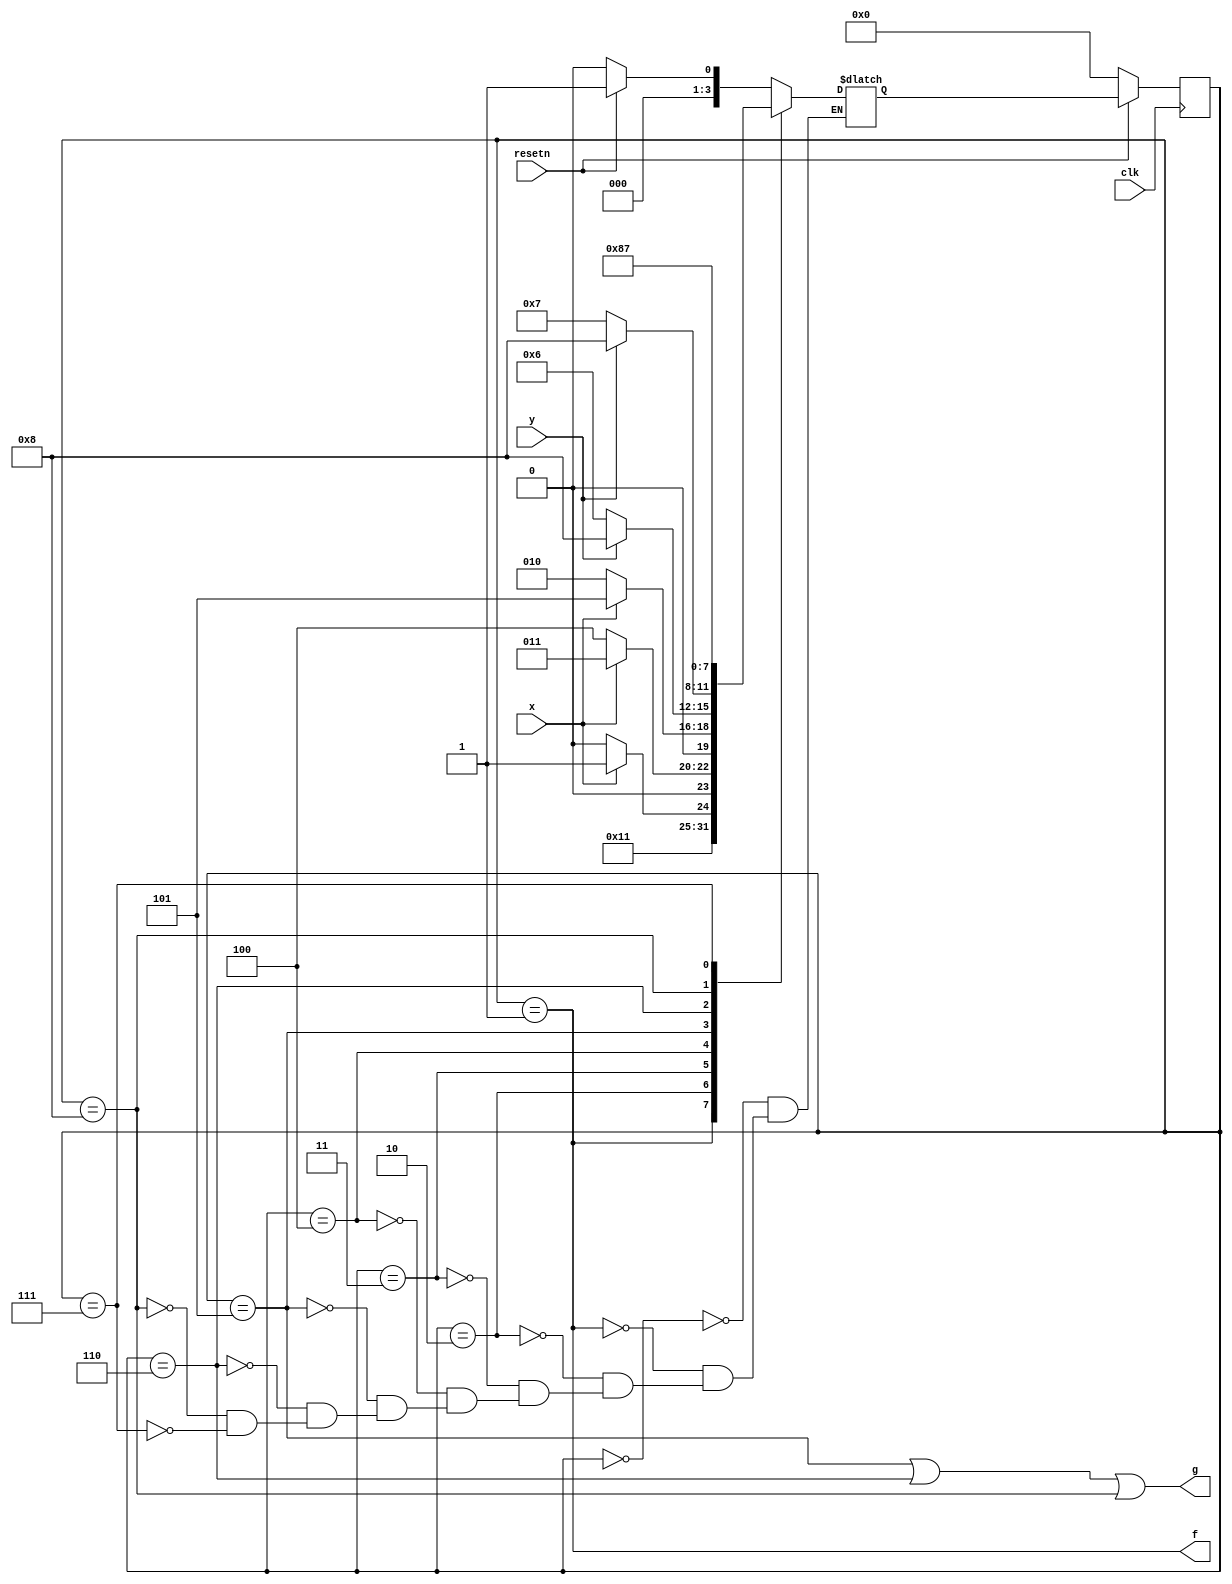
module top_module (
    input clk,
    input resetn,    // active-low synchronous reset
    input x,
    input y,
    output f,
    output g
); 

    parameter idle = 4'd0; 
    parameter fout = 4'd1; 
    parameter s1   = 4'd2; 
    parameter s2   = 4'd3; 
    parameter s3   = 4'd4; 
    parameter s4   = 4'd5; 
    parameter s5   = 4'd6; 
    parameter a0   = 4'd7; 
    parameter a1   = 4'd8; 
    
    reg [3:0] current_state,next_state;

    always @(*) begin
        case(current_state)
            idle:  next_state = resetn ? fout : idle;
            fout:  next_state = s1;
            s1  :  next_state = x ? s2 : s1;
            s2  :  next_state = x ? s2 : s3;
            s3  :  next_state = x ? s4 : s1;
            s4  :  next_state = y ? a1 : s5;
            s5  :  next_state = y ? a1 : a0;
            a1  :  next_state = a1;
            a0  :  next_state = a0;
        endcase
    end

    always @(posedge clk) begin
        if(~resetn)begin
            current_state <= idle;
        end
        else begin
            current_state <= next_state;
        end
    end

    assign f = (current_state == fout);
    assign g = ((current_state == s4) | (current_state == s5) | (current_state == a1));

endmodule